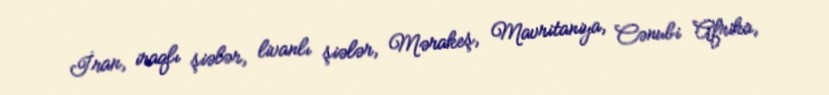
İran, iraqlı şiələr, livanlı şiələr, Mərakeş, Mavritaniya, Cənubi Afrika,